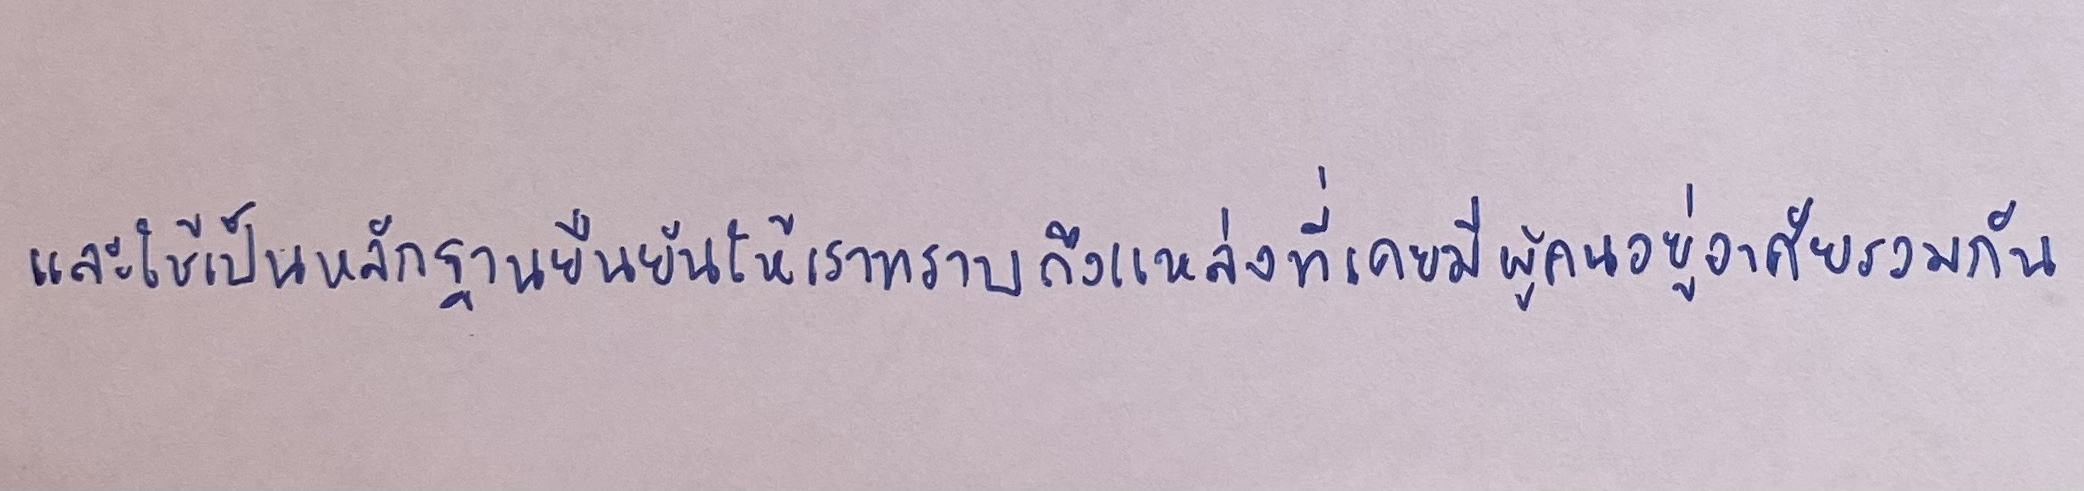
และใช้เป็นหลักฐานยืนยันให้เราทราบถึงแหล่งที่เคยมีผู้คนอยู่อาศัยรวมกัน